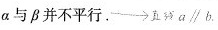
α与β并不平行. ##\rightarrow直线a\parallel b##